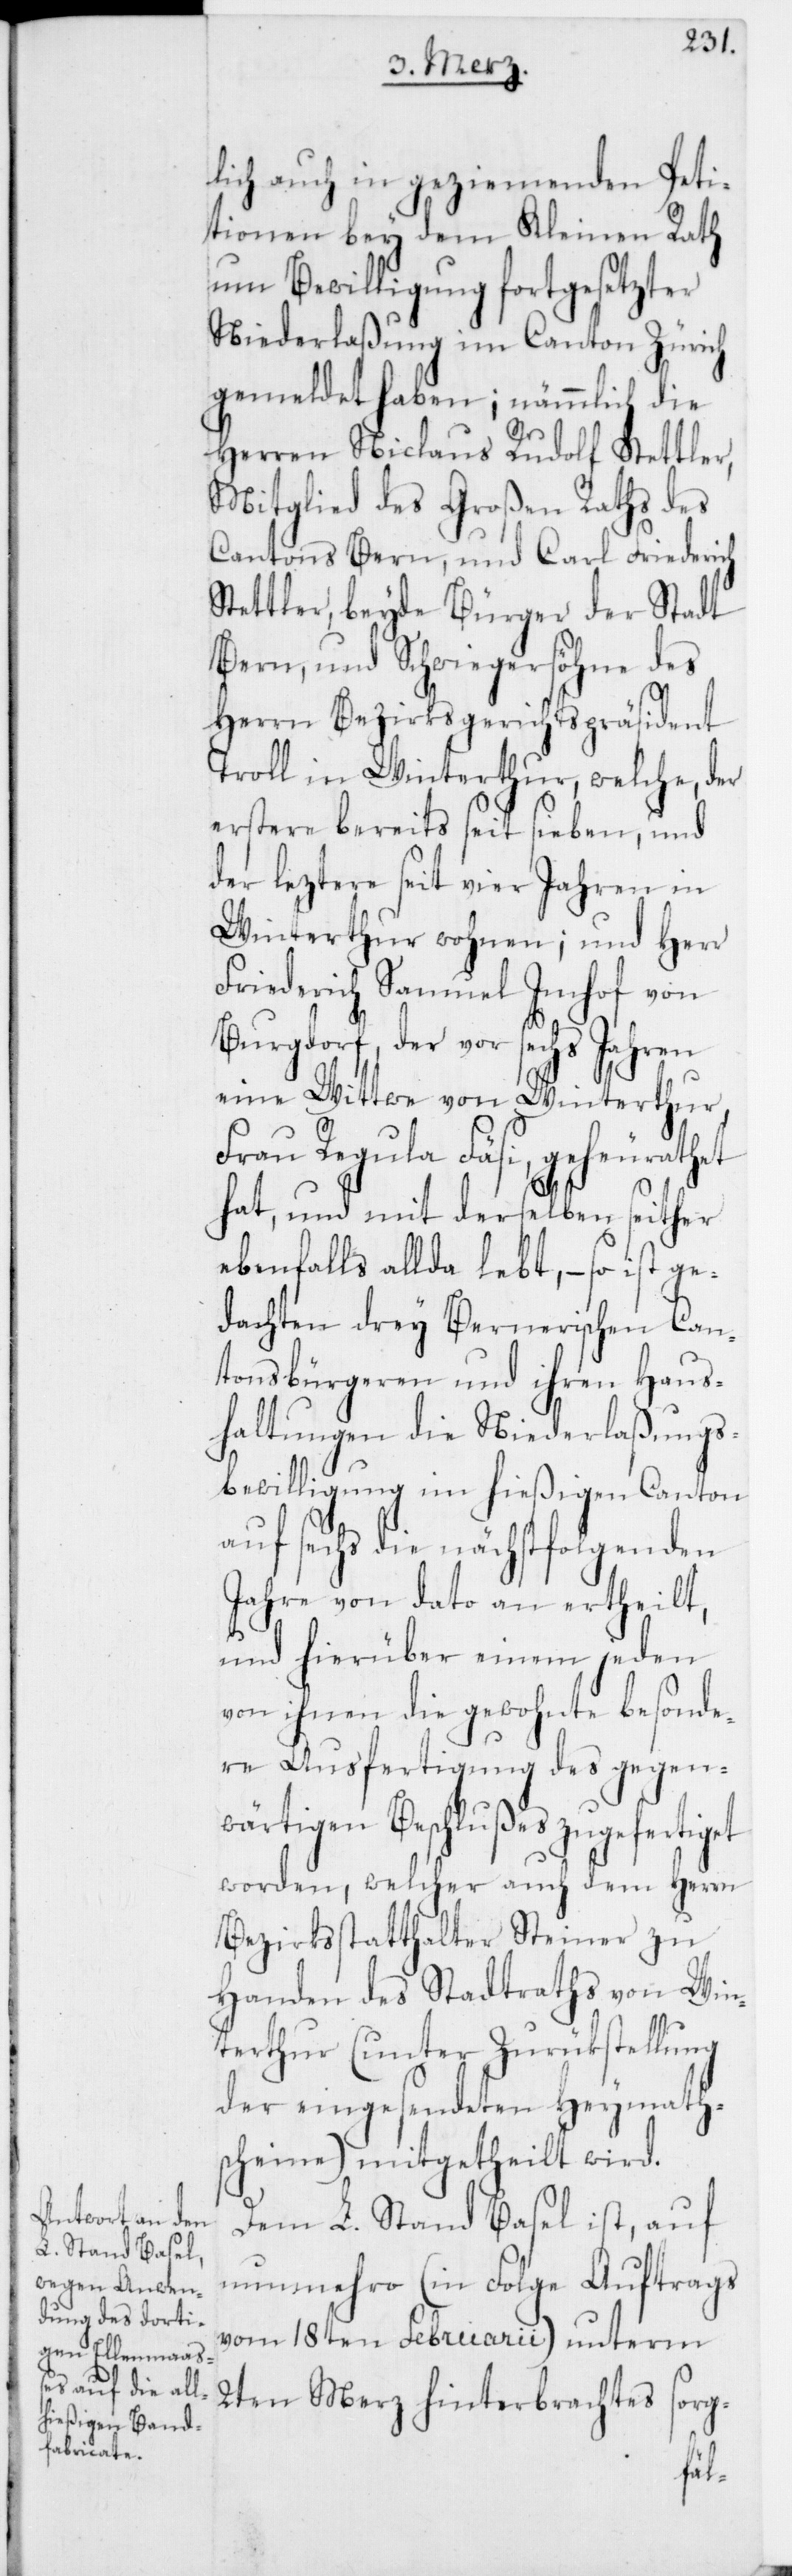
lich auch in geziemenden Peti¬
tionen bey dem Kleinen Rath
um Bewilligung fortgesetzter
Niederlaßung im Canton Zürich
gemeldet haben; nämmlich die
Herren Niclaus Rudolf Stettler,
Mitglied des Großen Raths des
Cantons Bern, und Carl Friederich
Stettler, beyde Bürger der Stadt
Bern, und Schwiegersöhne des
Herrn Bezirksgerichtspräsident
Troll in Winterthur, welche, der
erstere bereits seit sieben, und
der leztere seit vier Jahren in
Winterthur wohnen; und Herr
Friederich Samuel Imhof von
Burgdorf, der vor sechs Jahren
eine Wittwe von Winterthur,
Frau Regula Fäsi, geheurathet
hat, und mit derselben seither
ebenfalls allda lebt, – so ist ge¬
dachten drey Bernerischen Can¬
tonsbürgeren und ihren Haus¬
haltungen die Niederlaßungs¬
bewilligung im hießigen Canton
auf sechs die nächstfolgenden
Jahre von dato an ertheilt,
und hierüber einem jeden
von ihnen die gewohnte besonde¬
re Ausfertigung des gegen¬
wärtigen Beschlußes zugefertiget
worden, welcher auch dem Herrn
Bezirksstatthalter Steiner zu
Handen des Stadtraths von Win¬
terthur (unter Zurükstellung
der eingesendeten Heymath¬
scheine) mitgetheilt wird.
Dem L. Stand Basel ist, auf
nunmehro (in Folge Auftrags
vom 18ten Februarii) unterm
2ten Merz hinterbrachtes sorg-